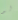
لو